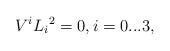
LaTeX: \begin{align*} V^i{L}_i{}^2=0,i=0...3,\end{align*}